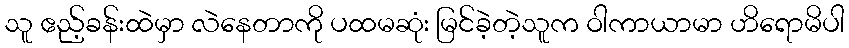
သူ ဧည့်ခန်းထဲမှာ လဲနေတာကို ပထမဆုံး မြင်ခဲ့တဲ့သူက ဝါကာယာမာ ဟိရောမိပါ